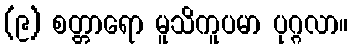
(၉) စတ္တာရော မူသိကူပမာ ပုဂ္ဂလာ။